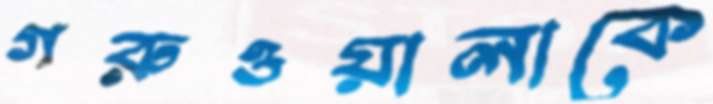
গরুওয়ালাকে